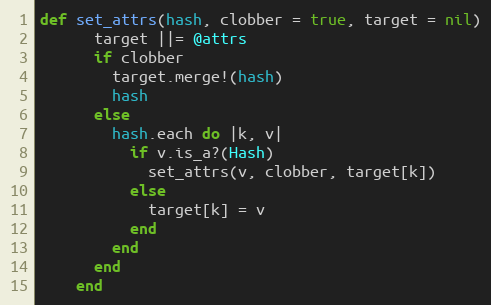
Language: Ruby
def set_attrs(hash, clobber = true, target = nil)
      target ||= @attrs
      if clobber
        target.merge!(hash)
        hash
      else
        hash.each do |k, v|
          if v.is_a?(Hash)
            set_attrs(v, clobber, target[k])
          else
            target[k] = v
          end
        end
      end
    end